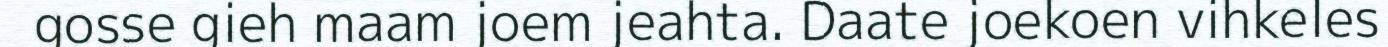
gosse gieh maam joem jeahta. Daate joekoen vihkeles